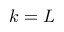
k = L